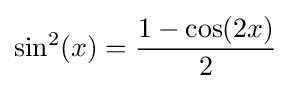
\sin ^{2}(x)={\frac {1-\cos(2x)}{2}}